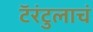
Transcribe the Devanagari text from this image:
टॅरंटुलाचं